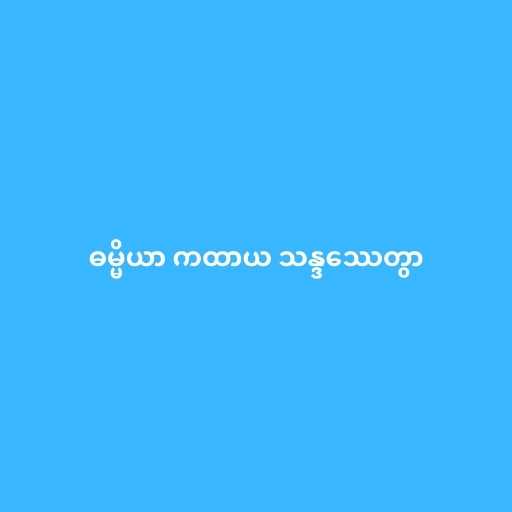
ဓမ္မိယာ ကထာယ သန္ဒဿေတွာ